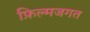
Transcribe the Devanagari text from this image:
फ़िल्मजगत